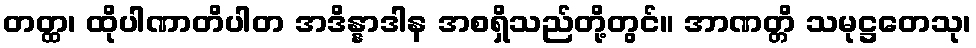
တတ္ထ၊ ထိုပါဏာတိပါတ အဒိန္နာဒါန အစရှိသည်တို့တွင်။ အာဏတ္တိ သမုဋ္ဌတေသု၊